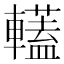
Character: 䡷